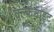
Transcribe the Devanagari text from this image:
वल्केनाइट